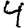
Digit: 4